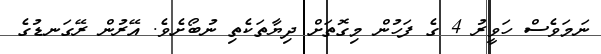
ނަމަވެސް ހަވީރު 4 ގެ ފަހުން މިގޮތަށް ދިޔާތަކެތި ނުބޯށެވެ. އޭރުން ރޭގަނޑުގެ